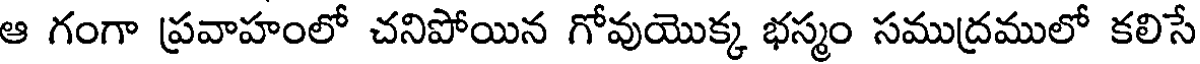
ఆ గంగా ప్రవాహంలో చనిపోయిన గోవుయొక్క భస్మం సముద్రములో కలిసే